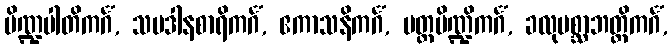
ပိဏ္ဍပါတိကင်္ဂံ, သပဒါနစာရိကင်္ဂံ, ဧကာသနိကင်္ဂံ, ပတ္တပိဏ္ဍိကင်္ဂံ, ခလုပစ္ဆာဘတ္တိကင်္ဂံ,